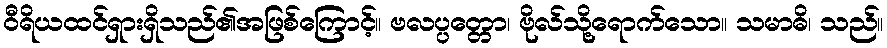
ဝီရိယထင်ရှားရှိသည်၏အဖြစ်ကြောင့်။ ဗလပ္ပတ္တော၊ ဗိုလ်သို့ရောက်သော။ သမာဓိ၊ သည်။